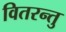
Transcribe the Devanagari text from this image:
वितरन्तु